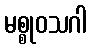
မစ္စုဝသဂါ